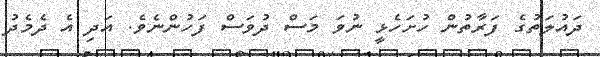
ދައުލަތުގެ ފަރާތުން ހުށަހެޅީ ނުވަ މަސް ދުވަސް ފަހުންނެވެ. އަދި އެ ދެމެދު